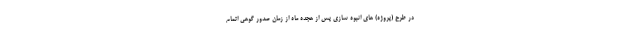
در طرح (پروژه) های انبوه سازی پس از هجده ماه از زمان صدور گوهی اتمام